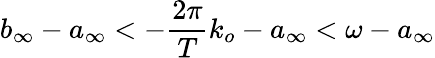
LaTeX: b_{\infty}-a_{\infty}<-\frac{2\pi}{T}k_{o}-a_{\infty}<\omega-a_{\infty}